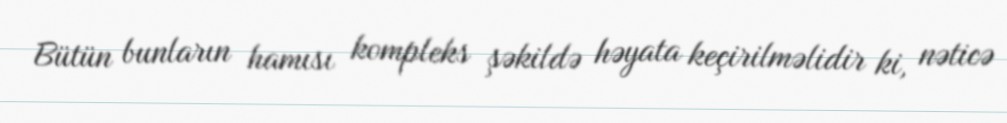
Bütün bunların hamısı kompleks şəkildə həyata keçirilməlidir ki, nəticə